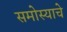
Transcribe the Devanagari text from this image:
समोस्याचे